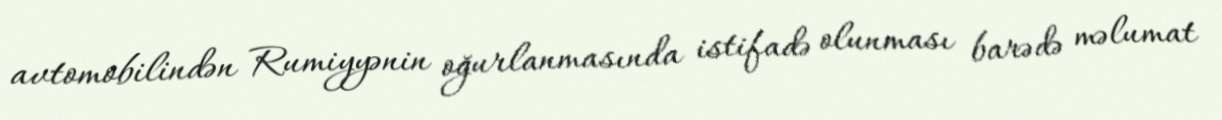
avtomobilindən Rumiyyənin oğurlanmasında istifadə olunması barədə məlumat